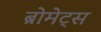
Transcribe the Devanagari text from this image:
ब्रोमेट्स